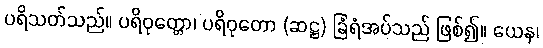
ပရိသတ်သည်။ ပရိဝုတ္တော၊ ပရိဝုတော (ဆဋ္ဌ) ခြံရံအပ်သည် ဖြစ်၍။ ယေန၊